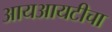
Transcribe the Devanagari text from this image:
आयआयटीचा